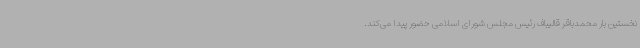
نخستین بار محمدباقر قالیباف رئیس مجلس شورای اسلامی حضور پیدا می‌کند.